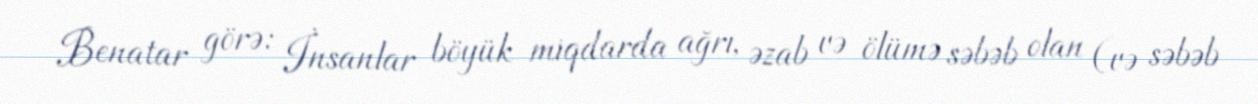
Benatar görə: İnsanlar böyük miqdarda ağrı, əzab və ölümə səbəb olan (və səbəb